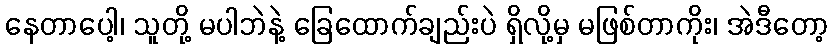
နေတာပေါ့၊ သူတို့ မပါဘဲနဲ့ ခြေထောက်ချည်းပဲ ရှိလို့မှ မဖြစ်တာကိုး၊ အဲဒီတော့